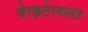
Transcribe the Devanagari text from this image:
वेत्झ्टेलला